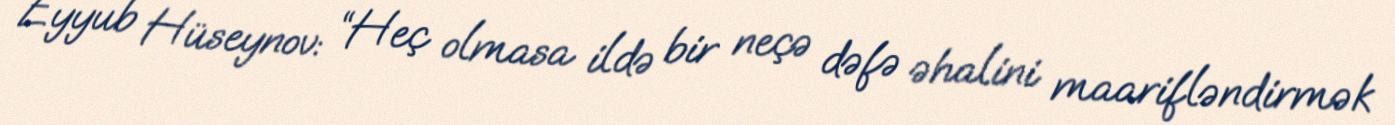
Eyyub Hüseynov: “Heç olmasa ildə bir neçə dəfə əhalini maarifləndirmək